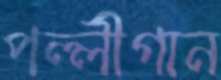
পল্লীগান